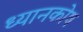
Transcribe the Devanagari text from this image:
ध्यानकोष